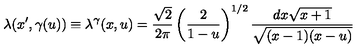
\lambda ( x ^ { \prime } , \gamma ( u ) ) \equiv \lambda ^ { \gamma } ( x , u ) = \frac { \sqrt 2 } { 2 \pi } \left( \frac { 2 } { 1 - u } \right) ^ { 1 / 2 } \frac { d x \sqrt { x + 1 } } { \sqrt { ( x - 1 ) ( x - u ) } }